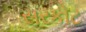
સરકોટ